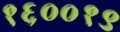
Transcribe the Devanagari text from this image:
१६००१९